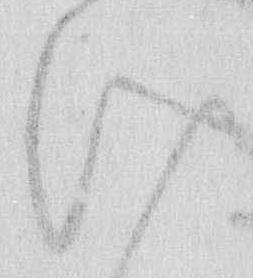
け